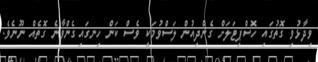
ވިދާޅުވި ގޮތުގައި ހޮސްޕިޓަލަށް ގެންދިއުން ލަސްވުމަކީ ވެސް ކަން ހިނގައިގެންވާނެ ގޮތެއް ނޫނެވެ.